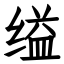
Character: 缢